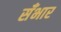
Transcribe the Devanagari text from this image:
सँभार